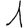
Digit: 1